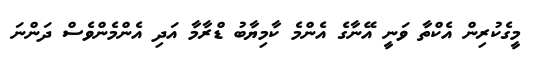
މީގެކުރިން އެކްތާ ވަނީ އޭނާގެ އެންމެ ކާމިޔާބު ޑްރާމާ އަދި އެންމެންވެސް ދަންނަ